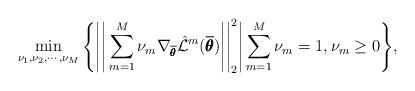
LaTeX: \begin{align*} \min_{\nu_1,\nu_2,\cdots,\nu_M} \Bigg\{ \Bigg|\Bigg|\sum_{m=1}^{M}\nu_m \nabla_{\overline{\pmb{\theta}}} \hat{\mathcal{L}}^m(\overline{\pmb{\theta}})\Bigg|\Bigg|^2_2 \Bigg| \sum_{m=1}^{M}\nu_m = 1, \nu_m \geq 0 \Bigg\},\end{align*}